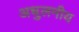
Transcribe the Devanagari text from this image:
अधुलनीय